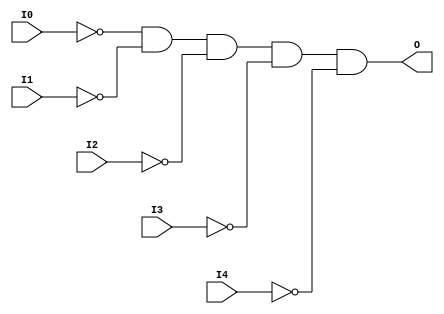
module AND5B5 (O, I0, I1, I2, I3, I4);

    output O;

    input  I0, I1, I2, I3, I4;

    wire i0_inv;
    wire i1_inv;
    wire i2_inv;
    wire i3_inv;
    wire i4_inv;

    not N4 (i4_inv, I4);
    not N3 (i3_inv, I3);
    not N2 (i2_inv, I2);
    not N1 (i1_inv, I1);
    not N0 (i0_inv, I0);
    and A1 (O, i0_inv, i1_inv, i2_inv, i3_inv, i4_inv);


endmodule